Medical and sanitary report on the native army of Bombay for the year
Year: 1878
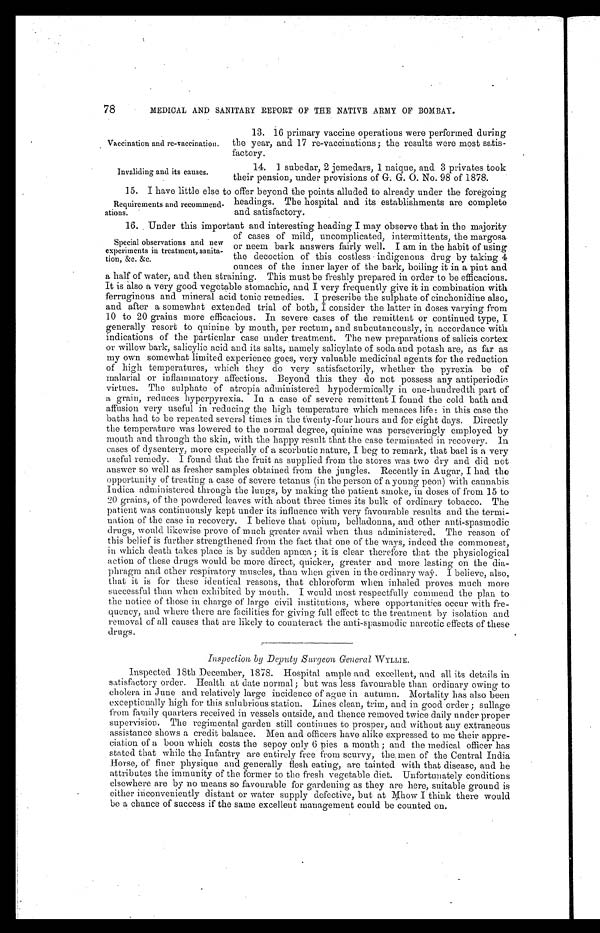
Vaccination and re-vaccination.
Invaliding and its causes.
78 MEDICAL AND SANITARY REPORT OF THE NATIVE ARMY OF BOMBAY.
13. 16 primary vaccine operations were performed during
the year, and 17 re-vaccinations; the results were most satis-
-factory.
14. 1 subedar, 2 jemedars, 1 naique, and 3 privates took
their pension, under provisions of G. G. O. No. 98 of 1878.
15. I have little else to offer beyond the points alluded to already under the foregoing
headings. The hospital and its establishments are complete
and satisfactory.
16. Under this important and interesting heading I may observe that in the majority
of cases of mild, uncomplicated, intermittents, the margosa
or neem bark answers fairly well. I am in the habit of using
the decoction of this costless indigenous drug by taking 4
ounces of the inner layer of the bark, boiling it in a pint and
a half of water, and then straining. This must be freshly prepared in order to be efficacious.
It is also a very good vegetable stomachic, and I very frequently give it in combination with
ferruginous and mineral acid tonic remedies. I prescribe the sulphate of cinchonidine also,
and after a somewhat extended trial of both, I consider the latter in doses varying from
10 to 20 grains more efficacious. In severe cases of the remittent or continued type, I
generally resort to quinine by mouth, per rectum, and subcutaneously, in accordance with
indications of the particular case under treatment. The new preparations of salicis cortex
or willow bark, salicylic acid and its salts, namely salicylate of soda and potash are, as far as
my own somewhat limited experience goes, very valuable medicinal agents for the reduction
of high temperatures, which they do very satisfactorily, whether the pyrexia be of
malarial or inflammatory affections. Beyond this they do not possess any antiperiodic
virtues. The sulphate of atropia administered hypodermically in one-hundredth part of
a grain, reduces hyperpyrexia. In a case of severe remittent I found the cold bath and
affusion very useful in reducing the high temperature which menaces life: in this case the
baths had to be repeated several times in the twenty-four hours and for eight days. Directly
the temperature was lowered to the normal degree, quinine was perseveringly employed by
mouth and through the skin, with the happy result that the case terminated in recovery. In
cases of dysentery, more especially of a scorbutic nature, I beg to remark, that bael is a very
useful remedy. I found that the fruit as supplied from the stores was two dry and did not
answer so well as fresher samples obtained from the jungles. Recently in Augur, I had the
opportunity of treating a case of severe tetanus (in the person of a young peon) with cannabis
Indica administered through the lungs, by making the patient smoke, in doses of from 15 to
20 grains, of the powdered leaves with about three times its bulk of ordinary tobacco. The
patient was continuously kept under its influence with very favourable results and the term
i-nation of the case in recovery. I believe that opium, belladonna, and other anti-spasmodic
drugs, would likewise prove of much greater avail when thus administered. The reason of
this belief is further strengthened from the fact that one of the ways, indeed the commonest,
in which death takes place is by sudden apnœa; it is clear therefore that the physiological
action of these drugs would be more direct, quicker, greater and more lasting on the dia
-phragm and other respiratory muscles, than when given in the ordinary way. I believe, also,
that it is for these identical reasons, that chloroform when inhaled proves much more
successful than when exhibited by mouth. I would most respectfully commend the plan to
the notice of those in charge of large civil institutions, where opportunities occur with fre
-quency, and where there are facilities for giving full effect to the treatment by isolation and
removal of all causes that are likely to counteract the anti-spasmodic narcotic effects of these
drugs.
Inspection, by Deputy Surgeon General WYLLIE.
Inspected 18th December, 1878. Hospital ample and excellent, and all its details in
satisfactory order. Health at date normal; but was less favourable than ordinary owing to
cholera in June and relatively large incidence of ague in autumn. Mortality has also been
exceptionally high for this sulubrious station. Lines clean, trim, and in good order; sullage
from family quarters received in vessels outside, and thence removed twice daily under proper
supervision. The regimental garden still continues to prosper, and without auy extraneous
assistance shows a credit balance. Men and officers have alike expressed to me their appre
-ciation of a boon which costs the sepoy only 6 pies a month; and the medical officer has
stated that while the Infantry are entirely free from scurvy, the, men of the Central India
Horse, of finer physique and generally flesh eating, are tainted with that disease, and he
attributes the immunity of the former to the fresh vegetable diet. Unfortunately conditions
elsewhere are by no means so favourable for gardening as they are here, suitable ground is
either inconveniently distant or water supply defective, but at Mhow I think there would
be a chance of success if the same excellent management could be counted on.
Requirements and recommend
-ations.
Special observations and new
experiments in treatment, sanita-
tion, &c. &c.